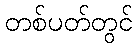
တစ်ပတ်တွင်